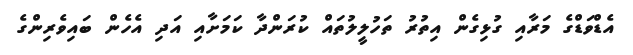
އެޑްވަޑްގެ މަރާއި ގުޅިގެން އިތުރު ތަހުލީލުތައް ކުރަންދާ ކަމަށާއި އަދި އެހެން ބައިވެރިންގެ